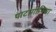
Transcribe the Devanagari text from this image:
पाटागोनिया